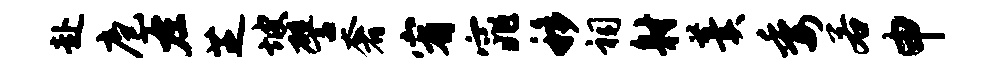
赴庖左芝坡譬奢宥窕移祠射羹委若申